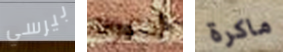
بيرسي أدعوك ماكرة